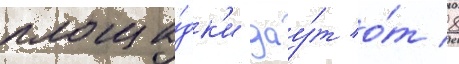
площа́дк'и дау́т о́т 8